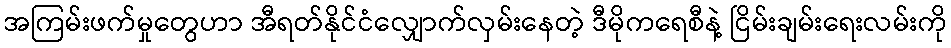
အကြမ်းဖက်မှုတွေဟာ အီရတ်နိုင်ငံလျှောက်လှမ်းနေတဲ့ ဒီမိုကရေစီနဲ့ ငြိမ်းချမ်းရေးလမ်းကို